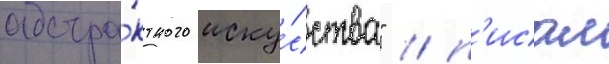
абстра́ктного иску́сства" / п'исал